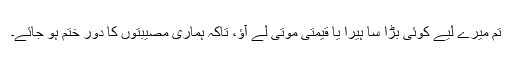
تم میرے لیے کوئی بڑا سا ہیرا یا قیمتی موتی لے آؤ، تاکہ ہماری مصیبتوں کا دور ختم ہو جائے۔